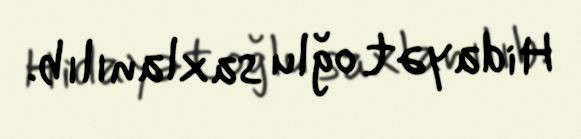
Hidayət oğlu saxlanılıb.